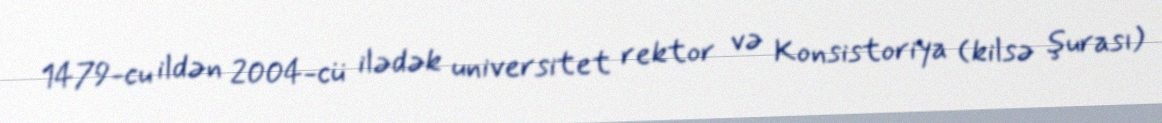
1479-cu ildən 2004-cü ilədək universitet rektor və Konsistoriya (kilsə şurası)